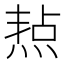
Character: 𤋒